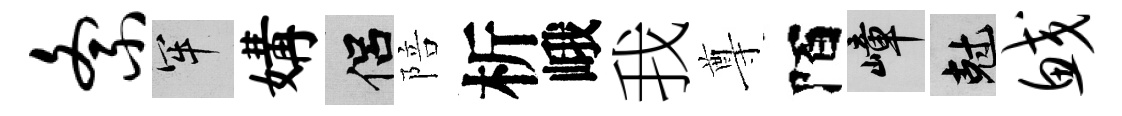
紊牢媾侣陪析峨我尊陌嶂剋鲛